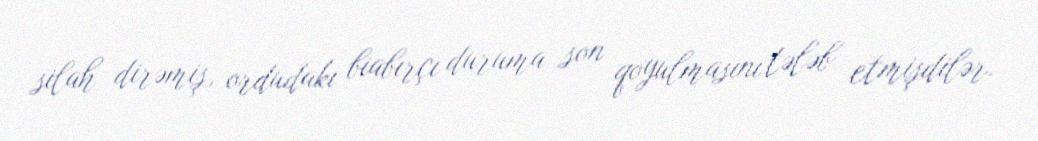
silah dirəmiş, ordudakı biabırçı duruma son qoyulmasını tələb etmişdilər.